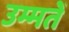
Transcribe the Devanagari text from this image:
उम्मतें